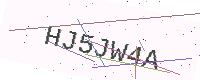
Text: HJ5JW4A